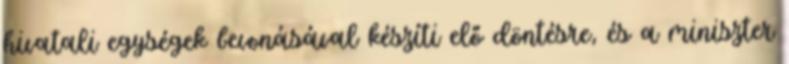
hivatali egységek bevonásával készíti elő döntésre, és a miniszter